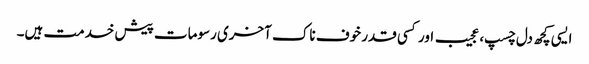
ایسی کچھ دل چسپ، عجیب اور کسی قدر خوف ناک آخری رسومات پیش خدمت ہیں۔